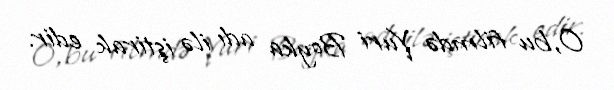
O,bu filmdə Yuri Boyka adı ilə iştirak edir.